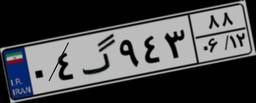
۰۴گ۹۴۳۸۸